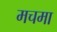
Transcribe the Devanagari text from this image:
मचमा